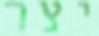
יצר